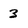
Character: 3